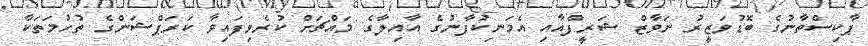
ޕާކިސްތާނުގެ ބޮޑުވަޒީރު ނަވާޒް ޝަރީފްއާއި އެމަނިކުފާނުގެ އާއިލާގެ މައްޗަށް ކުރެވިފައިވާ ކަރަޕްޝަންގެ ތުހުމަތަކާ